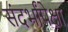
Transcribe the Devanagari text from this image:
संदर्भांपेक्षा